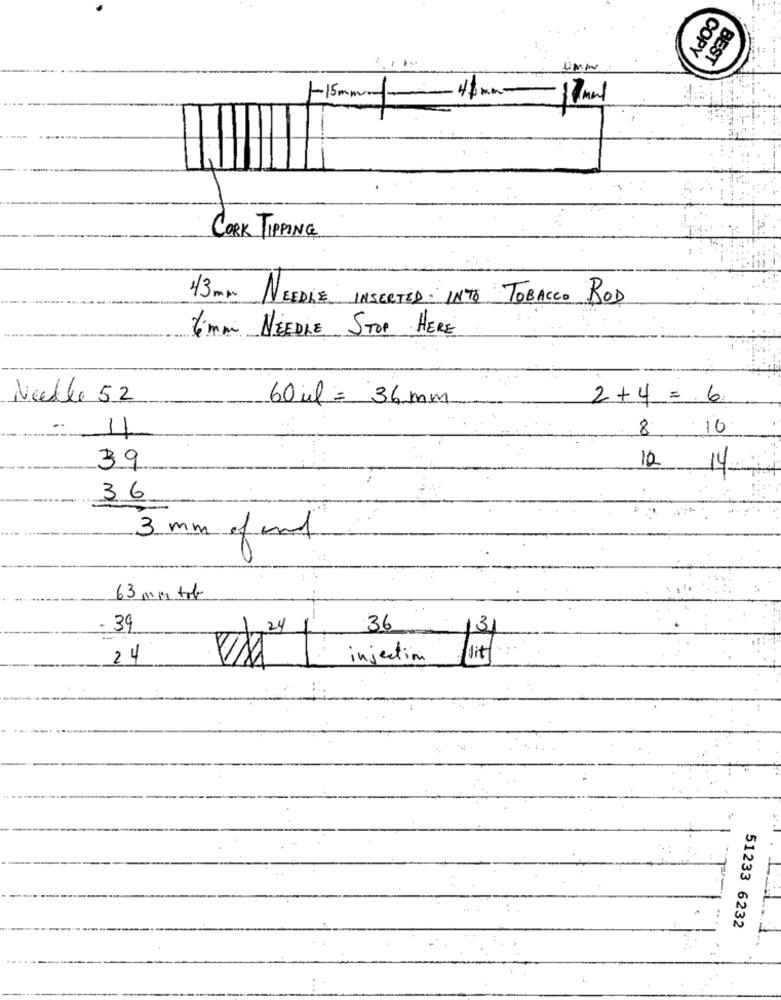
COPY
BEST
Umm
1-15mm -
CORK TIPPING
43 mm NEEDLE INSERTED INTO TOBACCO ROD
timm NEEDLE STOP HERE
Nelle 52
60 ml = 36mm
2+4 = 6.
8
.10
4
10
39
14
36
3 mm of und
63 mm tob
- 39
36
3
24
24
injection
lit
51233 6232